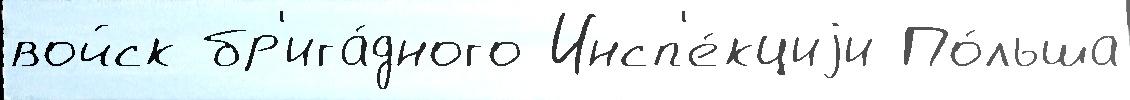
войск бр'ига́дного Инсп'е́кциjи По́льша